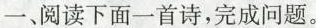
一、阅读下面一首诗，完成问题。